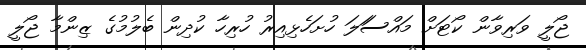
ޖޯލީ ވަރިވާން ކޯޓަށް މައްސަަލަ ހުށަހެޅިއިރު ހުރިހާ ކުދިން ބެލުމުގެ ޒިންމާ ޖޯލީ